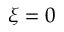
\xi = 0